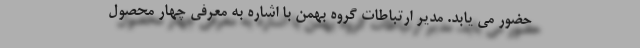
حضور می یابد. مدیر ارتباطات گروه بهمن با اشاره به معرفی چهار محصول